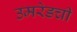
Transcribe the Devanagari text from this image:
उमरेडची